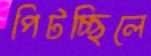
পিটচ্ছিলে